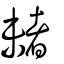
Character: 𣗓